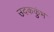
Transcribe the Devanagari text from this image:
उदककुंभ